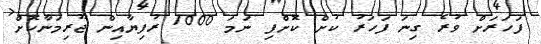
ފަހަރަށް ވުރެ ގިނަ ފަހަރު ކުށް ކޮށްފި ނަމަ 1000 ރުފިޔާއިން ޖޫރިމަނާކޮށް